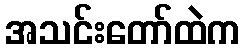
အသင်းတော်ထဲက